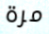
مرة